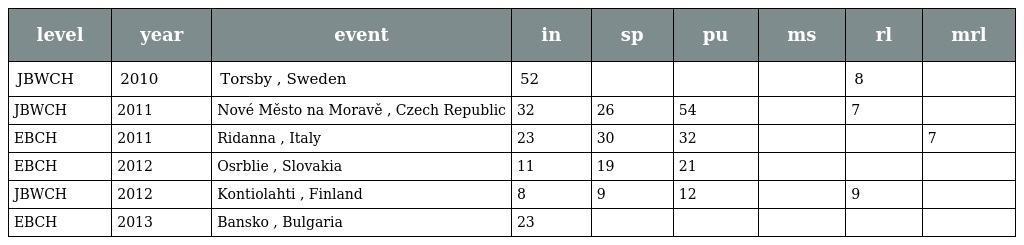
| level | year | event | in | sp | pu | ms | rl | mrl |
 | --- | --- | --- | --- | --- | --- | --- | --- | --- |
 | JBWCH | 2010 | Torsby , Sweden | 52 |  |  |  | 8 |  |
 | JBWCH | 2011 | Nové Město na Moravě , Czech Republic | 32 | 26 | 54 |  | 7 |  |
 | EBCH | 2011 | Ridanna , Italy | 23 | 30 | 32 |  |  | 7 |
 | EBCH | 2012 | Osrblie , Slovakia | 11 | 19 | 21 |  |  |  |
 | JBWCH | 2012 | Kontiolahti , Finland | 8 | 9 | 12 |  | 9 |  |
 | EBCH | 2013 | Bansko , Bulgaria | 23 |  |  |  |  |  |